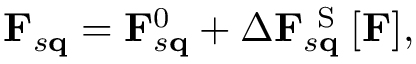
\mathbf { F } _ { s \mathbf { q } } = \mathbf { F } _ { s \mathbf { q } } ^ { 0 } + \Delta \mathbf { F } _ { s \mathbf { q } } ^ { \mathrm { ~ S ~ } } [ \mathbf { F } ] ,